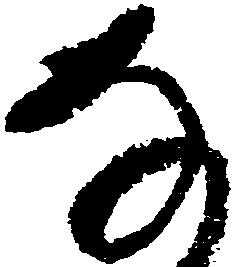
な